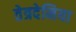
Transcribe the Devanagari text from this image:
तेत्रदेनिया